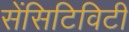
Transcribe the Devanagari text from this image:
सेंसिटिविटी